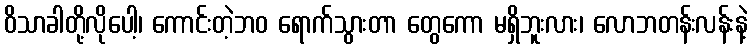
ဝိသာခါတို့လိုပေါ့၊ ကောင်းတဲ့ဘဝ ရောက်သွားတာ တွေကော မရှိဘူးလား၊ လောဘတန်းလန်းနဲ့